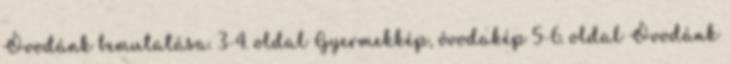
Óvodánk bemutatása. 3-4. oldal Gyermekkép, óvodakép 5-6. oldal Óvodánk